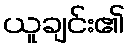
ယူချင်း၏